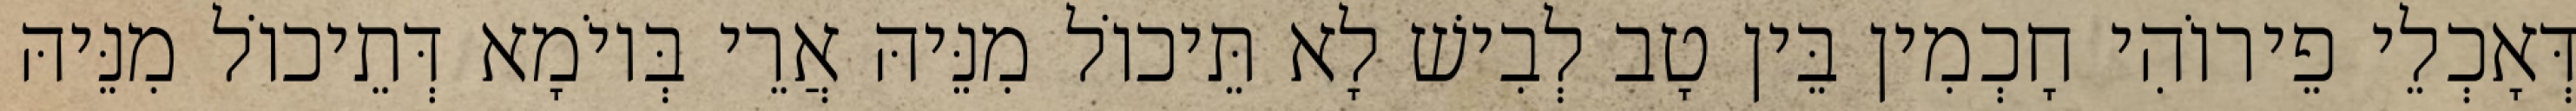
דְּאָכְלֵי פֵירוֹהִי חָכְמִין בֵּין טָב לְבִישׁ לָא תֵּיכוֹל מִנֵּיהּ אֲרֵי בְּיוֹמָא דְּתֵיכוֹל מִנֵּיהּ